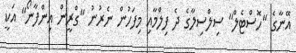
އޭނާގެ "ހޮސްޓެލް" ސިލްސިލާގެ ދެ ފިލްމާއި މިފަހުން ނެރުނު "ގްރީން އިންފާނޯ" އަކީ